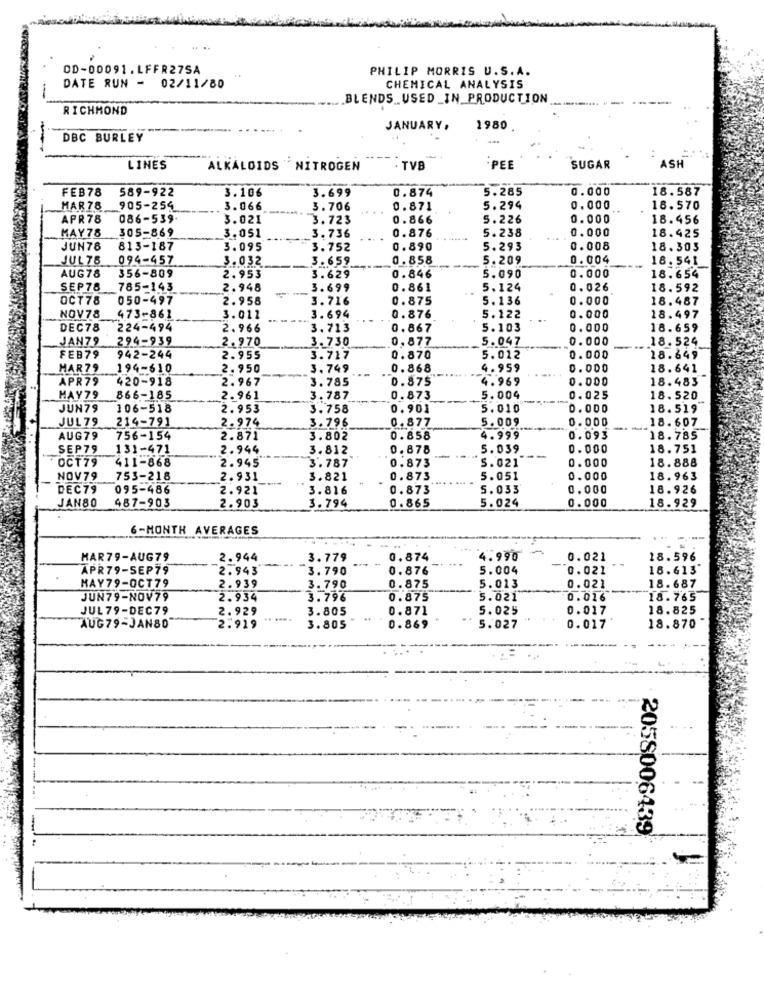
. ..
OD-00091.LFFR275A
PHILIP MORRIS U.S.A.
DATE RUN - 02/11/80
CHEMICAL ANALYSIS
-
BLENDS USED_IN_PRODUCTION
------- --
RICHMOND
JANUARY.
1980
DBC BURLEY
ASH
LINES
ALKALOIDS NITROGEN
. TVB
-PEE
SUGAR
FEB78
589-922
3.699
0.874
5.285
0.000
18.587
3.106
MAR78
905-254
3.066
3.706
0.871
5.294
0.000
18.570
APR78
086-539
3.021
3.723
0.866
5.226
0.000
18.456
305-869
5.238
0.000
MAY78
3.051
3.736
0.876
18.425
JUN76
813-187
3.095
3.752
0.890
5.293
0.008
18.303
JUL 78
094-457
3.032
3.659
0.858
5.209
0.004
18.541
356-809
0.000
AUG78
2.953
3.629
0.846
5.090
18.654
SEP78
785-143
2.948
3.699
0.861
5.124
0.026
18.592
OCT78
050-497
2.958
3.716
0.875
5.136
0.000
18.487
NOV78
473-861
3.011
3.694
0.876
5.122
0.000
18.497
DEC78
224-494
2.966
3.713
0.867
5.103
0.000
18.659
JAN79
294-939
2.970
3.730
0.877
5.047
0.000
18.524
FEB79
942-244
2.955
3.717
0.870
5.012
0.000
18.649
HAR79
194-610
2.950
3.749
0.868
4.959
0.000
18.641
APR79
420-918
2.967
3.785
0.875
4.969
0.000
18.483
HAY79
866-185
2.961
3.787
0.873
5.004
0.025
18.520
JUN79
106-518
2.953
3.758
0.901
5.010
0.000
18.519
JUL79
214-791
2.976
3.796
0.877
5.009
0.000
18.607
AUG79
756-154
2.871
3.802
0.858
4.999
0.093
18.785
SEP79
131-471
2.944
3.812
0.878
5.039
0.000
18.751
OCT79
411-868
2.945
0.873
5.021
0.000
18.888
3.787
NOV79
753-218
2.931
3.821
0.873
5.051
0.000
18.963
DEC79
095-486
2.921
3.816
0.873
5.033
0.000
18.926
487-903
JAN8O
2.903
3.794
0.865
5.024
0.000
18.929
6-MONTH AVERAGES
MAR79-AUG79
2.944
3.779
0.874
4.996
0.021
18.596
APR79-SEP79
2.943
3.790
0.876
5.004
0.021
18.613
MAY79-OCT79
2.939
3.790
0.875
5.013
0.021
18.687
JUN79-NOV79
2.934
3.796
0.875
5.021
0.016
18.765
JUL79-DEC79
2.929
3.805
0.871
5.025
0.017
18.825
AUG79-JAN80
2.919
3.805
0.869
5.027
0.017
18.870
2058006439